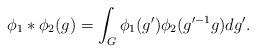
LaTeX: \begin{align*} \phi_1 * \phi_2 (g) = \int_{G}^{} \phi_1 (g') \phi_2 (g'^{-1} g) dg'. \end{align*}